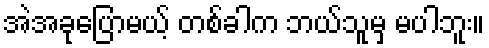
အဲအခုပြောမယ့် တစ်ခါက ဘယ်သူမှ မပါဘူး။